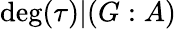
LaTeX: \deg(\tau)|(G:A)